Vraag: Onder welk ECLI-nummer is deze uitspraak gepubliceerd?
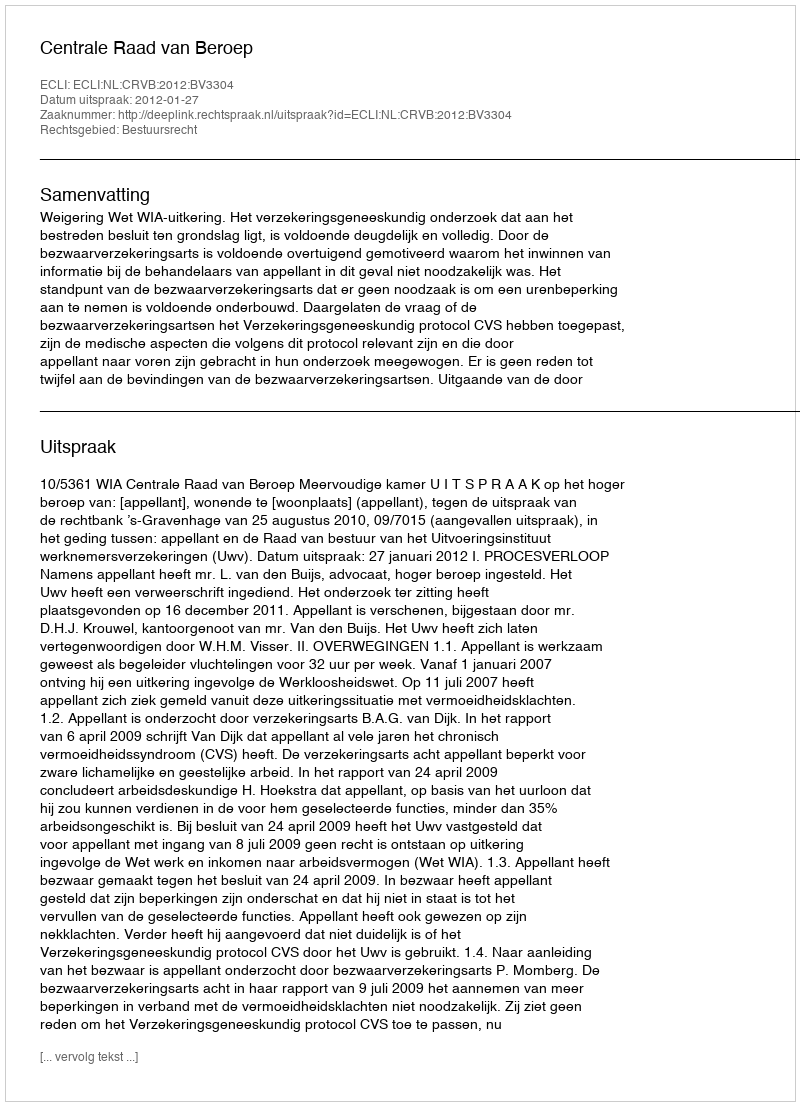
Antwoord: ECLI:NL:CRVB:2012:BV3304